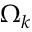
\Omega _ { k }